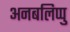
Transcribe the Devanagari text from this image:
अनबलिप्पु